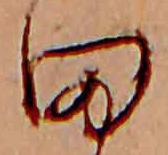
田